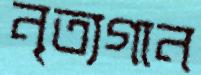
নৃত্যগান